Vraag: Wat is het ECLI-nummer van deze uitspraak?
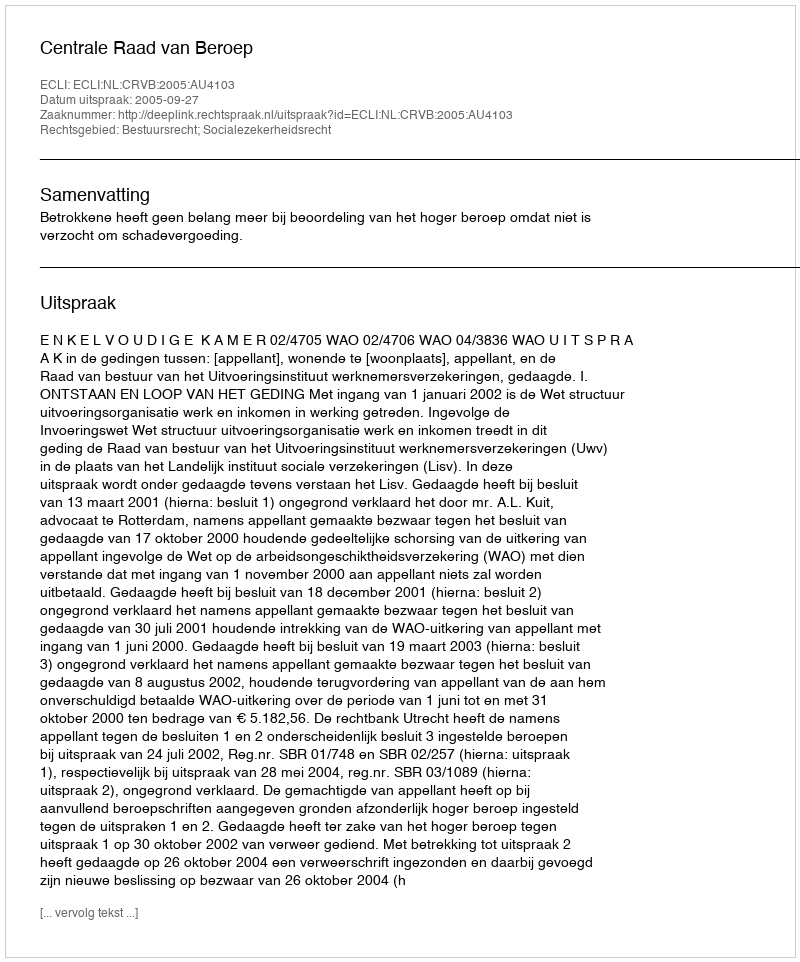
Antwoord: ECLI:NL:CRVB:2005:AU4103